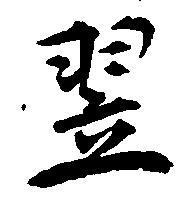
翌